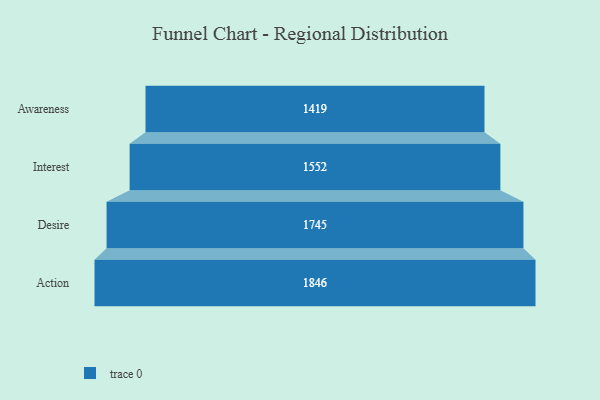
{"axis": {"x": "Stage", "y": "Value"}, "legend": [""], "data": [{"x": "Awareness", "y": 1419.0, "type": ""}, {"x": "Interest", "y": 1552.0, "type": ""}, {"x": "Desire", "y": 1745.0, "type": ""}, {"x": "Action", "y": 1846.0, "type": ""}]}